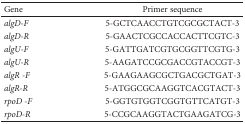
<table><thead><tr><td><b>Gene</b></td><td><b>Primer sequence</b></td></tr></thead><tbody><tr><td><i>algD-F</i></td><td>5-GCTCAACCTGTCGCGCTACT-3</td></tr><tr><td><i>algD-R</i></td><td>5-GAACTCGCCACCACTTCGTC-3</td></tr><tr><td><i>algU-F</i></td><td>5-GATTGATCGTGCGGTTCGTG-3</td></tr><tr><td><i>algU-R</i></td><td>5-AAGATCCGCGACCGTACCGT-3</td></tr><tr><td><i>algR -F</i></td><td>5-GAAGAAGCGCTGACGCTGAT-3</td></tr><tr><td><i>algR-R</i></td><td>5-ATGGCGCAAGGTCACGTACT-3</td></tr><tr><td><i>rpoD -F</i></td><td>5-GGTGTGGTCGGTGTTCATGT-3</td></tr><tr><td><i>rpoD-R</i></td><td>5-CCGCAAGGTACTGAAGATCG-3</td></tr></tbody></table>